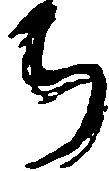
ち